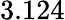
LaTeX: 3.124